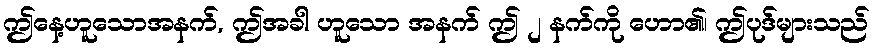
ဤနေ့ဟူသောအနက်, ဤအခါ ဟူသော အနက် ဤ ၂ နက်ကို ဟော၏၊ ဤပုဒ်များသည်